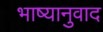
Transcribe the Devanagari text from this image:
भाष्यानुवाद